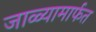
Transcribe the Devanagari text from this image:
जाळ्यामार्फत